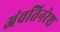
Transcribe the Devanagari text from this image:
अंवतिनरेश